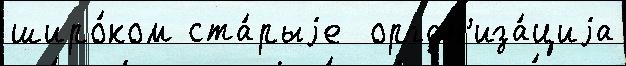
широ́ком ста́рыjе  орган'иза́циjа